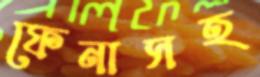
ফেনাসহ